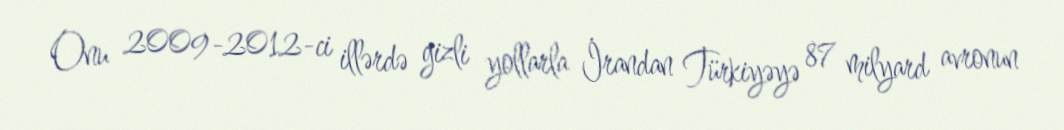
Onu 2009-2012-ci illərdə gizli yollarla İrandan Türkiyəyə 87 milyard avronun